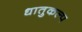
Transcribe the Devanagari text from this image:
धातुकल्प